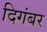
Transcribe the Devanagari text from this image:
दिगंबर